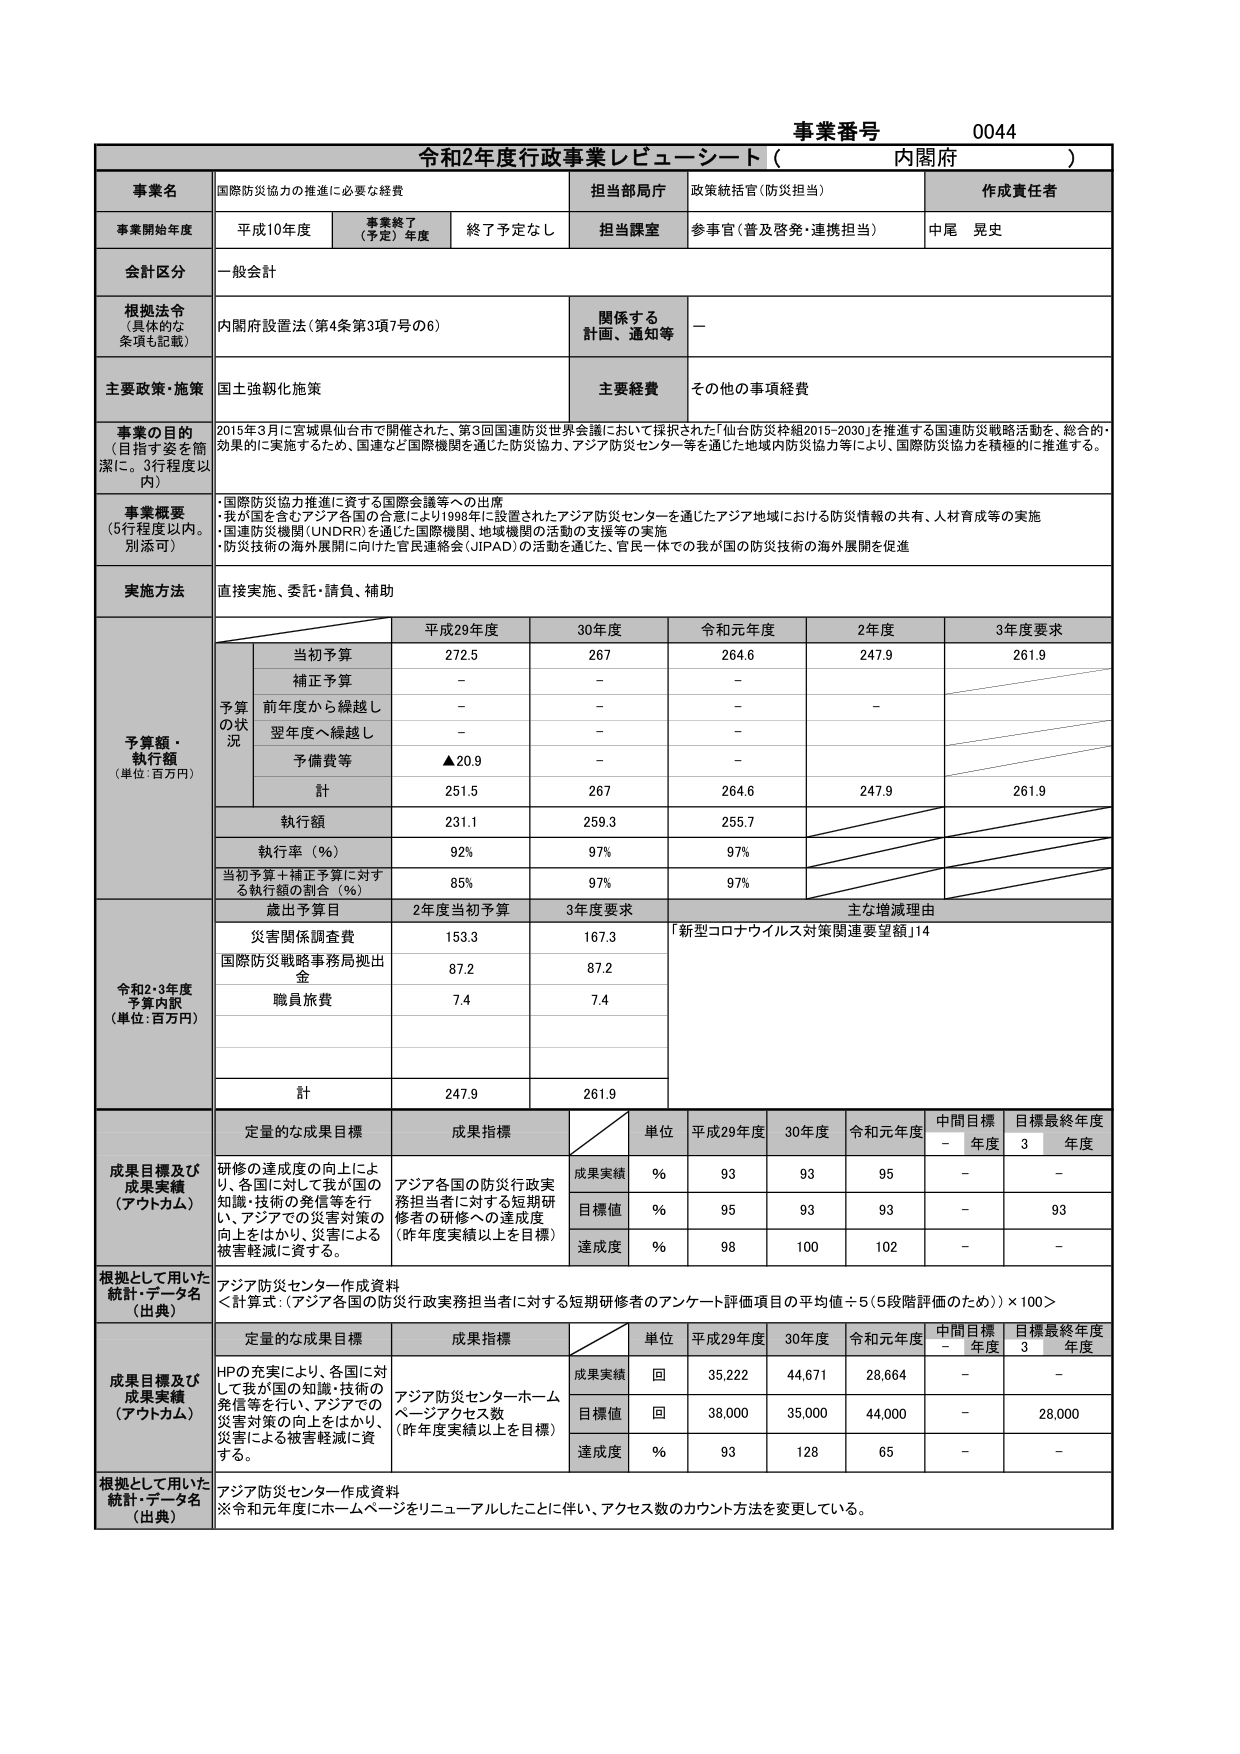
事業番号 0044
令和2年度行政事業レビューシート（内閣府）

事業名 国際防災協力の推進に必要な経費
担当部局庁 政策統括官（防災担当）
作成責任者 中尾 晃史

事業開始年度 平成10年度
事業終了（予定）年度 終了予定なし
担当課室 参事官（普及啓発・連携担当）

会計区分 一般会計

根拠法令（具体的な条項も記載） 内閣府設置法（第4条第3項7号の6）
関係する計画、通知等 －

主要政策・施策 国土強靭化施策
主要経費 その他の事項経費

事業の目的（目指す姿を簡潔に。3行程度以内）
2015年3月に宮城県仙台市で開催された、第3回国連防災世界会議において採択された「仙台防災枠組2015-2030」を推進する国連防災戦略活動を、総合的・効果的に実施するため、国連など国際機関を通じた防災協力、アジア防災センター等を通じた地域内防災協力等により、国際防災協力を積極的に推進する。

事業概要（5行程度以内。別添可）
・国際防災協力推進に資する国際会議等への出席
・我が国を含むアジア各国の合意により1998年に設置されたアジア防災センターを通じたアジア地域における防災情報の共有、人材育成等の実施
・国連防災機関（UNDRR）を通じた国際機関、地域機関の活動の支援等の実施
・防災技術の海外展開に向けた官民連絡会（JIPAD）の活動を通じた、官民一体での我が国の防災技術の海外展開を促進

実施方法 直接実施、委託・請負、補助

予算額・執行額（単位：百万円）
予算の状況
平成29年度 30年度 令和元年度 2年度 3年度要求
当初予算 272.5 267 264.6 247.9 261.9
補正予算 － － －
前年度から繰越し － － － －
翌年度へ繰越し － － －
予備費等 ▲20.9 － －
計 251.5 267 264.6 247.9 261.9
執行額 231.1 259.3 255.7
執行率（％） 92% 97% 97%
当初予算＋補正予算に対する執行額の割合（％） 85% 97% 97%

令和2・3年度予算内訳（単位：百万円）
歳出予算目 2年度当初予算 3年度要求 主な増減理由
災害関係調査費 153.3 167.3 「新型コロナウイルス対策関連要望額」14
国際防災戦略事務局拠出金 87.2 87.2
職員旅費 7.4 7.4
計 247.9 261.9

成果目標及び成果実績（アウトカム）
定量的な成果目標 成果指標
単位 平成29年度 30年度 令和元年度 中間目標年度 目標最終年度3年度
研修の達成度の向上により、各国に対して我が国の知識・技術の発信等を行い、アジアでの災害対策の向上をはかり、災害による被害軽減に資する。
アジア各国の防災行政実務担当者に対する短期研修者の研修への達成度（昨年度実績以上を目標）
成果実績 ％ 93 93 95 － －
目標値 ％ 95 93 93 － 93
達成度 ％ 98 100 102 － －

根拠として用いた統計・データ名（出典）
アジア防災センター作成資料
＜計算式：（アジア各国の防災行政実務担当者に対する短期研修者のアンケート評価項目の平均値÷5（5段階評価のため））×100＞

成果目標及び成果実績（アウトカム）
定量的な成果目標 成果指標
単位 平成29年度 30年度 令和元年度 中間目標年度 目標最終年度3年度
HPの充実により、各国に対して我が国の知識・技術の発信等を行い、アジアでの災害対策の向上をはかり、災害による被害軽減に資する。
アジア防災センターホームページアクセス数（昨年度実績以上を目標）
成果実績 回 35,222 44,671 28,664 － －
目標値 回 38,000 35,000 44,000 － 28,000
達成度 ％ 93 128 65 － －

根拠として用いた統計・データ名（出典）
アジア防災センター作成資料
※令和元年度にホームページをリニューアルしたことに伴い、アクセス数のカウント方法を変更している。